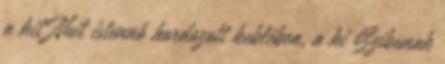
a kit Nuit istennő hordozott keblében, a ki Szibunak